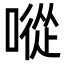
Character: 㗰